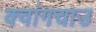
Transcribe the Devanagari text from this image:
क्वांगचाउ